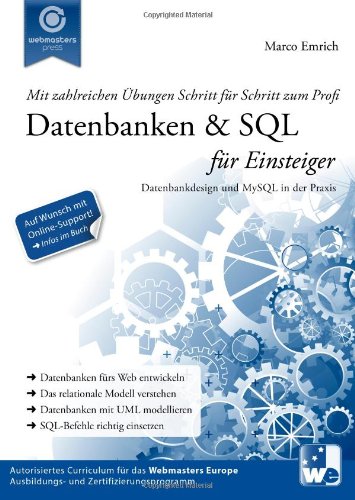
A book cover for Datenbanken & SQL fÃ¼r Einsteiger: Datenbankdesign und MySQL in der Praxis (German Edition); Marco Emrich; Computers & Technology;